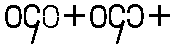
ဝ၄၀+ဝ၄၁+